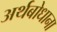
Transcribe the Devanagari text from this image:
अर्थबोधाना